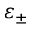
\varepsilon _ { \pm }